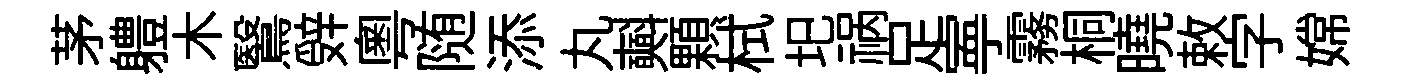
茅軆木鷖辤粤随添丸𣂏顆栻圯祸足寕霧桐曉敕字嫦